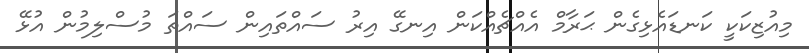
މިއުޒިކަކީ ކަނޑައެޅިގެން ޙަރާމް އެއްޗެއްކަން އިނގޭ އިރު ސައްތައިން ސައްތަ މުސްލިމުން އުޅޭ